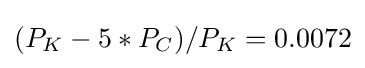
{\textstyle (P_{K}-5*P_{C})/P_{K}=0.0072}